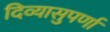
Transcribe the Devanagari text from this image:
दिव्यासुपर्णा